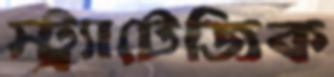
স্ট্র্যাটেজিক